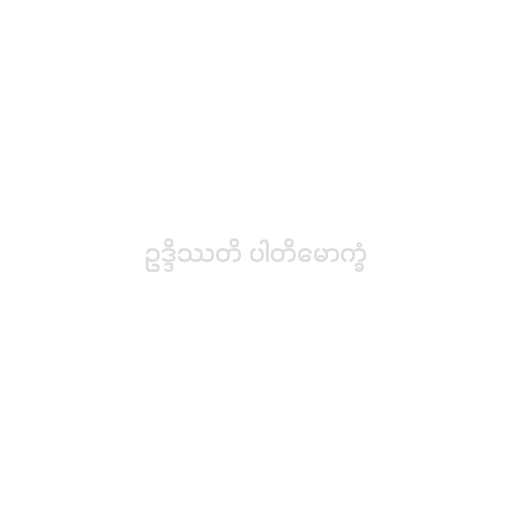
ဥဒ္ဒိဿတိ ပါတိမောက္ခံ